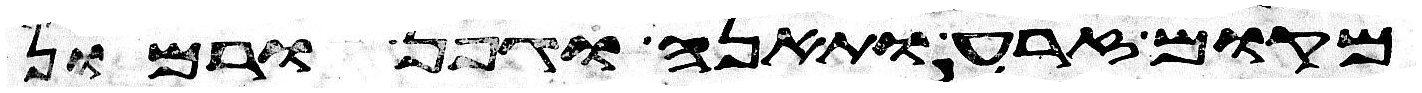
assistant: מקום זרע תאנה גפן ורמון